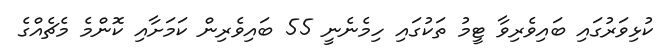
ކުޅިވަރުގައި ބައިވެރިވާ ޓީމު ތަކުގައި ހިމެނެނީ 55 ބައިވެރިން ކަމަށާއި ކޮންމެ މެޗެއްގެ